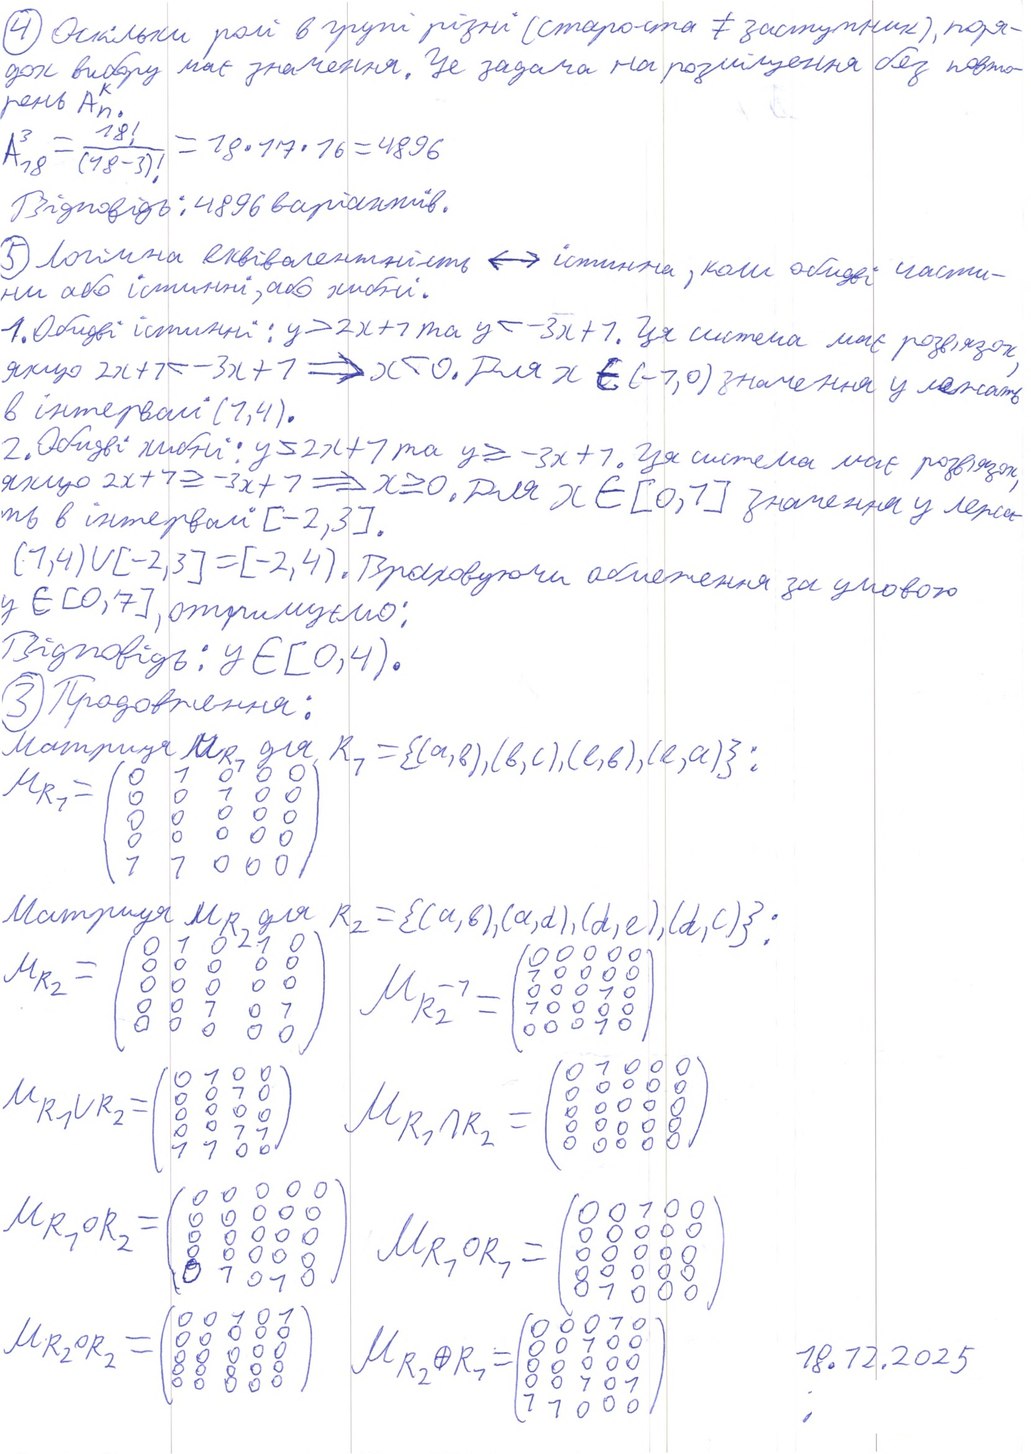
4 Оскільки ролі в групі різні (староста ≠ заступник), поря-
дох вибору має значення. Це задача на розміщення без повто-
рень A_n^к.
A_{18}^3 = \frac{18!}{(18-3)!} = 18 \cdot 17 \cdot 16 = 4896
Відповідь: 4896 варіантів.
5 Логічна еквівалентність ↔ істинна, коли обидві части-
ни або істинні, або хибні.
1. Обидві істинні: y > 2x + 1 та y < -3x + 1. Ця система має розв'язок,
якщо 2х + 1< -3x + 1 →  х< 0. Для х є (-1;0) значення у лежать
в інтервалі (1,4).
2. Обидві хибні: y ≤ 2x + 1 та y ≥ -3x + 1. Ця система має розв'язок
якщо 2x + 1 ≥ -3x + 1 → x ≥ 0. Для x ∈ [0, 1] значення y лежа-
ть в інтервалі [-2, 3].
(1,4) U [-2,3] = [-2,4). Враховуючи обмеження за умовою
у є [0, 7], отримуємо:
Відповідь: y ∈ [0, 4).
3 Продовження:
Матриця M_{R_1} для R_1 = {(a, b), (b, c), (c, b), (c, a)}:
M_{R_1} = \begin{pmatrix} 0 & 1 & 0 & 0 & 0 \\ 0 & 0 & 1 & 0 & 0 \\ 0 & 0 \\ 0 & 0 \\ 1 & 1 & 1 & 0 & 0\end{pmatrix}
Матриця M_{R_2}, для R_2 = {(a, b), (a, d), (d, e), (d, c)};
M_{R_2} = \begin{pmatrix} 0 & 1 & 0 & 1 & 0 \\ 0 & 0 \\ 0 & 0 \\ 0 & 0 & 1 & 0 & 1 \\ 0 & 0 \end{pmatrix}
M_{R_2}^(-1) = (0; 1 0; 0 0 0 1 0; 1 0; 0 0 0 1 0)
M_{R_1 ∩ R_2} = \begin{pmatrix} 0 & 1 & 0 & 0 & 0 \\ 0 & 0 \\ 0 & 0 \\ 0 & 0\\ 0 & 0\end{pmatrix}
M_{R_1 \cup R_2} = \begin{pmatrix} 0 & 1 & 0 & 0 \\ 0 & 0 & 1 & 0 \\ 0 & 0 & 0 & 0 \\ 0 & 0 & 1 & 1\\ 1 & 1 & 0 & 0\end{pmatrix}
M_R1оR2 = (0; 0 1 0 1 0)
M_R1оR1 = (0 0 1 0 0; 0 1 0 0 0)
M_R2оR2 = (0 0 1 0 1; 0)
M_R2ꚛR1 = (0 0 0 1 0; 0 0 1 0 0; 0; 0 0 1 0 1; 1 1 0 0 0)
18.12.2025